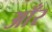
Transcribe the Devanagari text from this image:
आँर